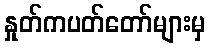
နှုတ်ကပတ်တော်များမှ